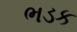
ભડક